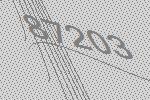
87203